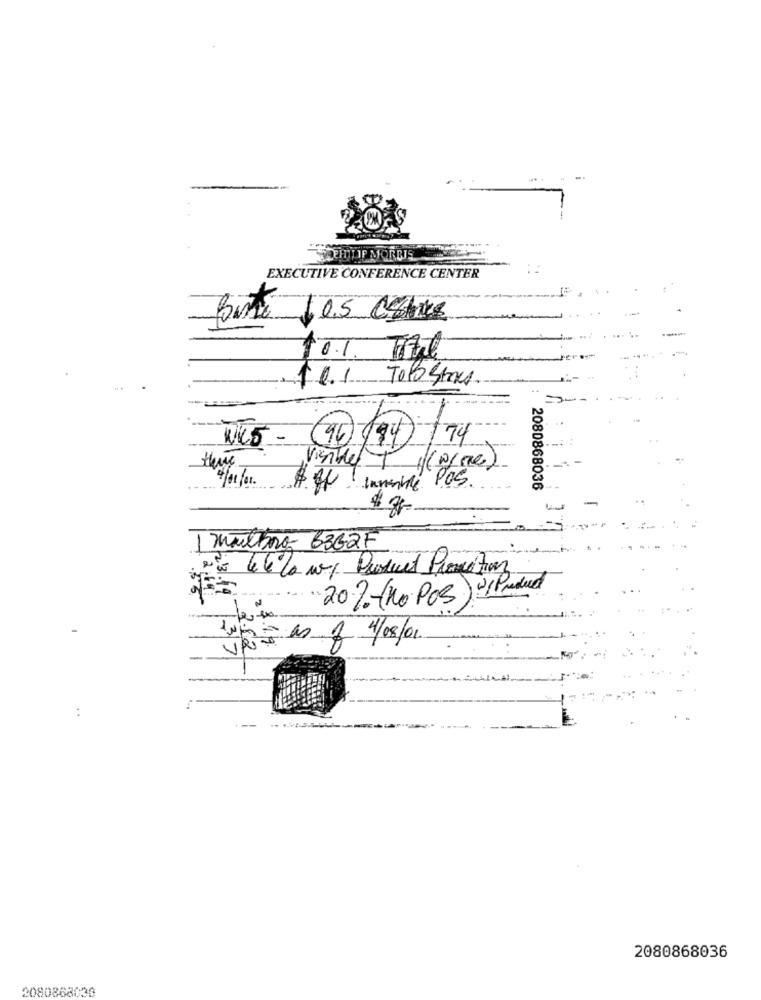
EMILIE MORDIS
EXECUTIVE CONFERENCE CENTER
10.1. Time
1.0.1 ToPostores
(90 (94)
174
there
Visible
If inelle POS.
2080868036
$ 7
1 malboro 6362F
2 46 % w/ Product Promotion
20%-(no POS)
3.1.9
4/08/01.
3.52
..
---
- ---
2080868036
2080868039